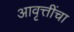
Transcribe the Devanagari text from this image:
आवृत्तींचा